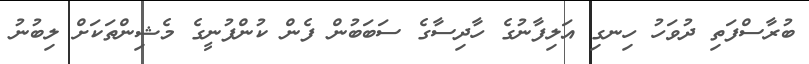
ބުރާސްފަތި ދުވަހު ހިނގި އަލިފާނުގެ ހާދިސާގެ ސަބަބުން ފެން ކުންފުނީގެ މެޝިންތަކަށް ލިބުނު